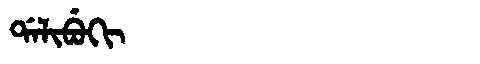
Manchu: ᡩᠠᠯᡳᠪᡠᡴᡳ
Romanization: DALIBUKI